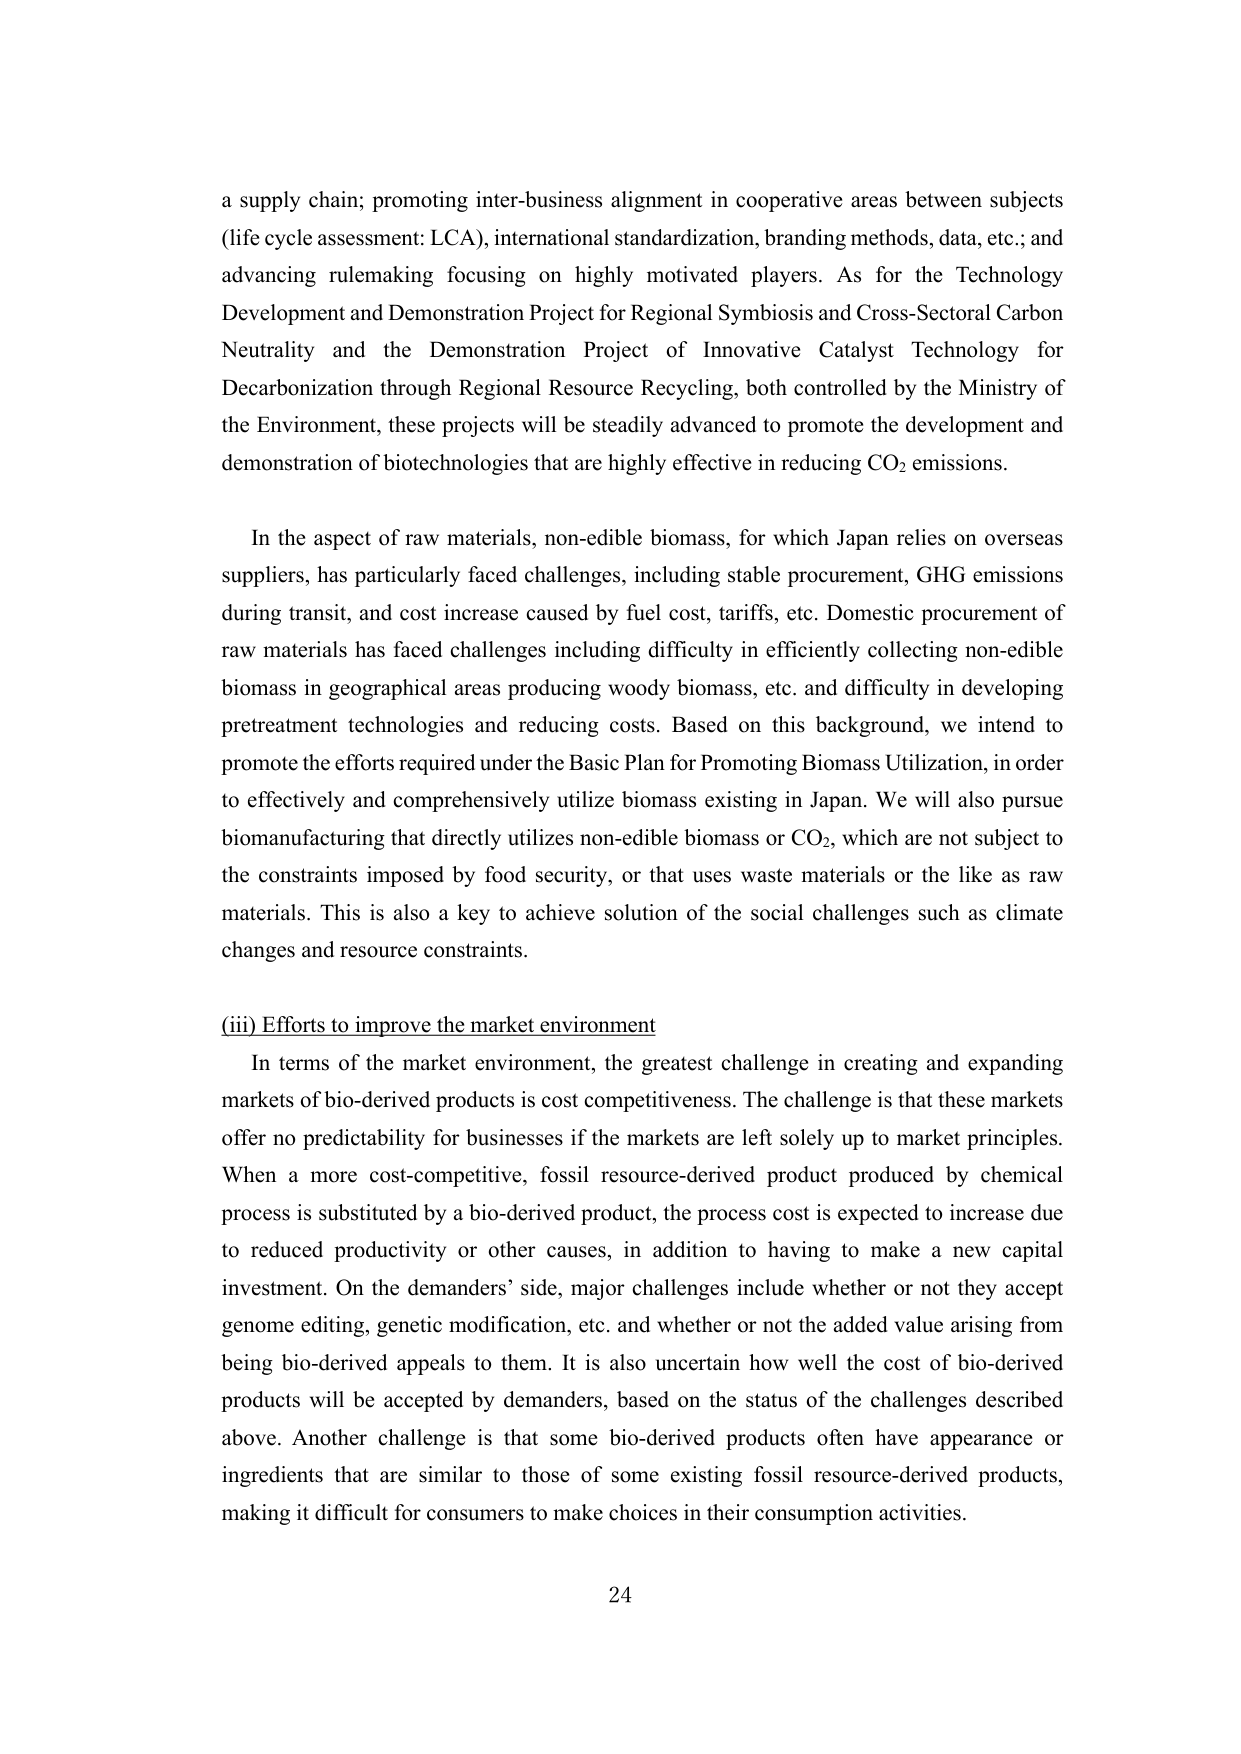
a supply chain; promoting inter-business alignment in cooperative areas between subjects (life cycle assessment: LCA), international standardization, branding methods, data, etc.; and advancing rulemaking focusing on highly motivated players. As for the Technology Development and Demonstration Project for Regional Symbiosis and Cross-Sectoral Carbon Neutrality and the Demonstration Project of Innovative Catalyst Technology for Decarbonization through Regional Resource Recycling, both controlled by the Ministry of the Environment, these projects will be steadily advanced to promote the development and demonstration of biotechnologies that are highly effective in reducing CO₂ emissions.

In the aspect of raw materials, non-edible biomass, for which Japan relies on overseas suppliers, has particularly faced challenges, including stable procurement, GHG emissions during transit, and cost increase caused by fuel cost, tariffs, etc. Domestic procurement of raw materials has faced challenges including difficulty in efficiently collecting non-edible biomass in geographical areas producing woody biomass, etc. and difficulty in developing pretreatment technologies and reducing costs. Based on this background, we intend to promote the efforts required under the Basic Plan for Promoting Biomass Utilization, in order to effectively and comprehensively utilize biomass existing in Japan. We will also pursue biomanufacturing that directly utilizes non-edible biomass or CO₂, which are not subject to the constraints imposed by food security, or that uses waste materials or the like as raw materials. This is also a key to achieve solution of the social challenges such as climate changes and resource constraints.

(iii) Efforts to improve the market environment

In terms of the market environment, the greatest challenge in creating and expanding markets of bio-derived products is cost competitiveness. The challenge is that these markets offer no predictability for businesses if the markets are left solely up to market principles. When a more cost-competitive, fossil resource-derived product produced by chemical process is substituted by a bio-derived product, the process cost is expected to increase due to reduced productivity or other causes, in addition to having to make a new capital investment. On the demanders’ side, major challenges include whether or not they accept genome editing, genetic modification, etc. and whether or not the added value arising from being bio-derived appeals to them. It is also uncertain how well the cost of bio-derived products will be accepted by demanders, based on the status of the challenges described above. Another challenge is that some bio-derived products often have appearance or ingredients that are similar to those of some existing fossil resource-derived products, making it difficult for consumers to make choices in their consumption activities.

24